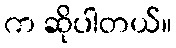
က ဆိုပါတယ်။